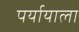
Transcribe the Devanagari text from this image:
पर्यायाला